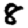
Digit: 8